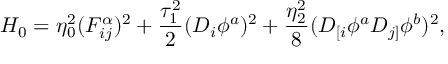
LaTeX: { \cal H } _ { 0 } = \eta _ { 0 } ^ { 2 } ( F _ { i j } ^ { \alpha } ) ^ { 2 } + \frac { \tau _ { 1 } ^ { 2 } } { 2 } ( D _ { i } \phi ^ { a } ) ^ { 2 } + \frac { \eta _ { 2 } ^ { 2 } } { 8 } ( D _ { [ i } \phi ^ { a } D _ { j ] } \phi ^ { b } ) ^ { 2 } ,